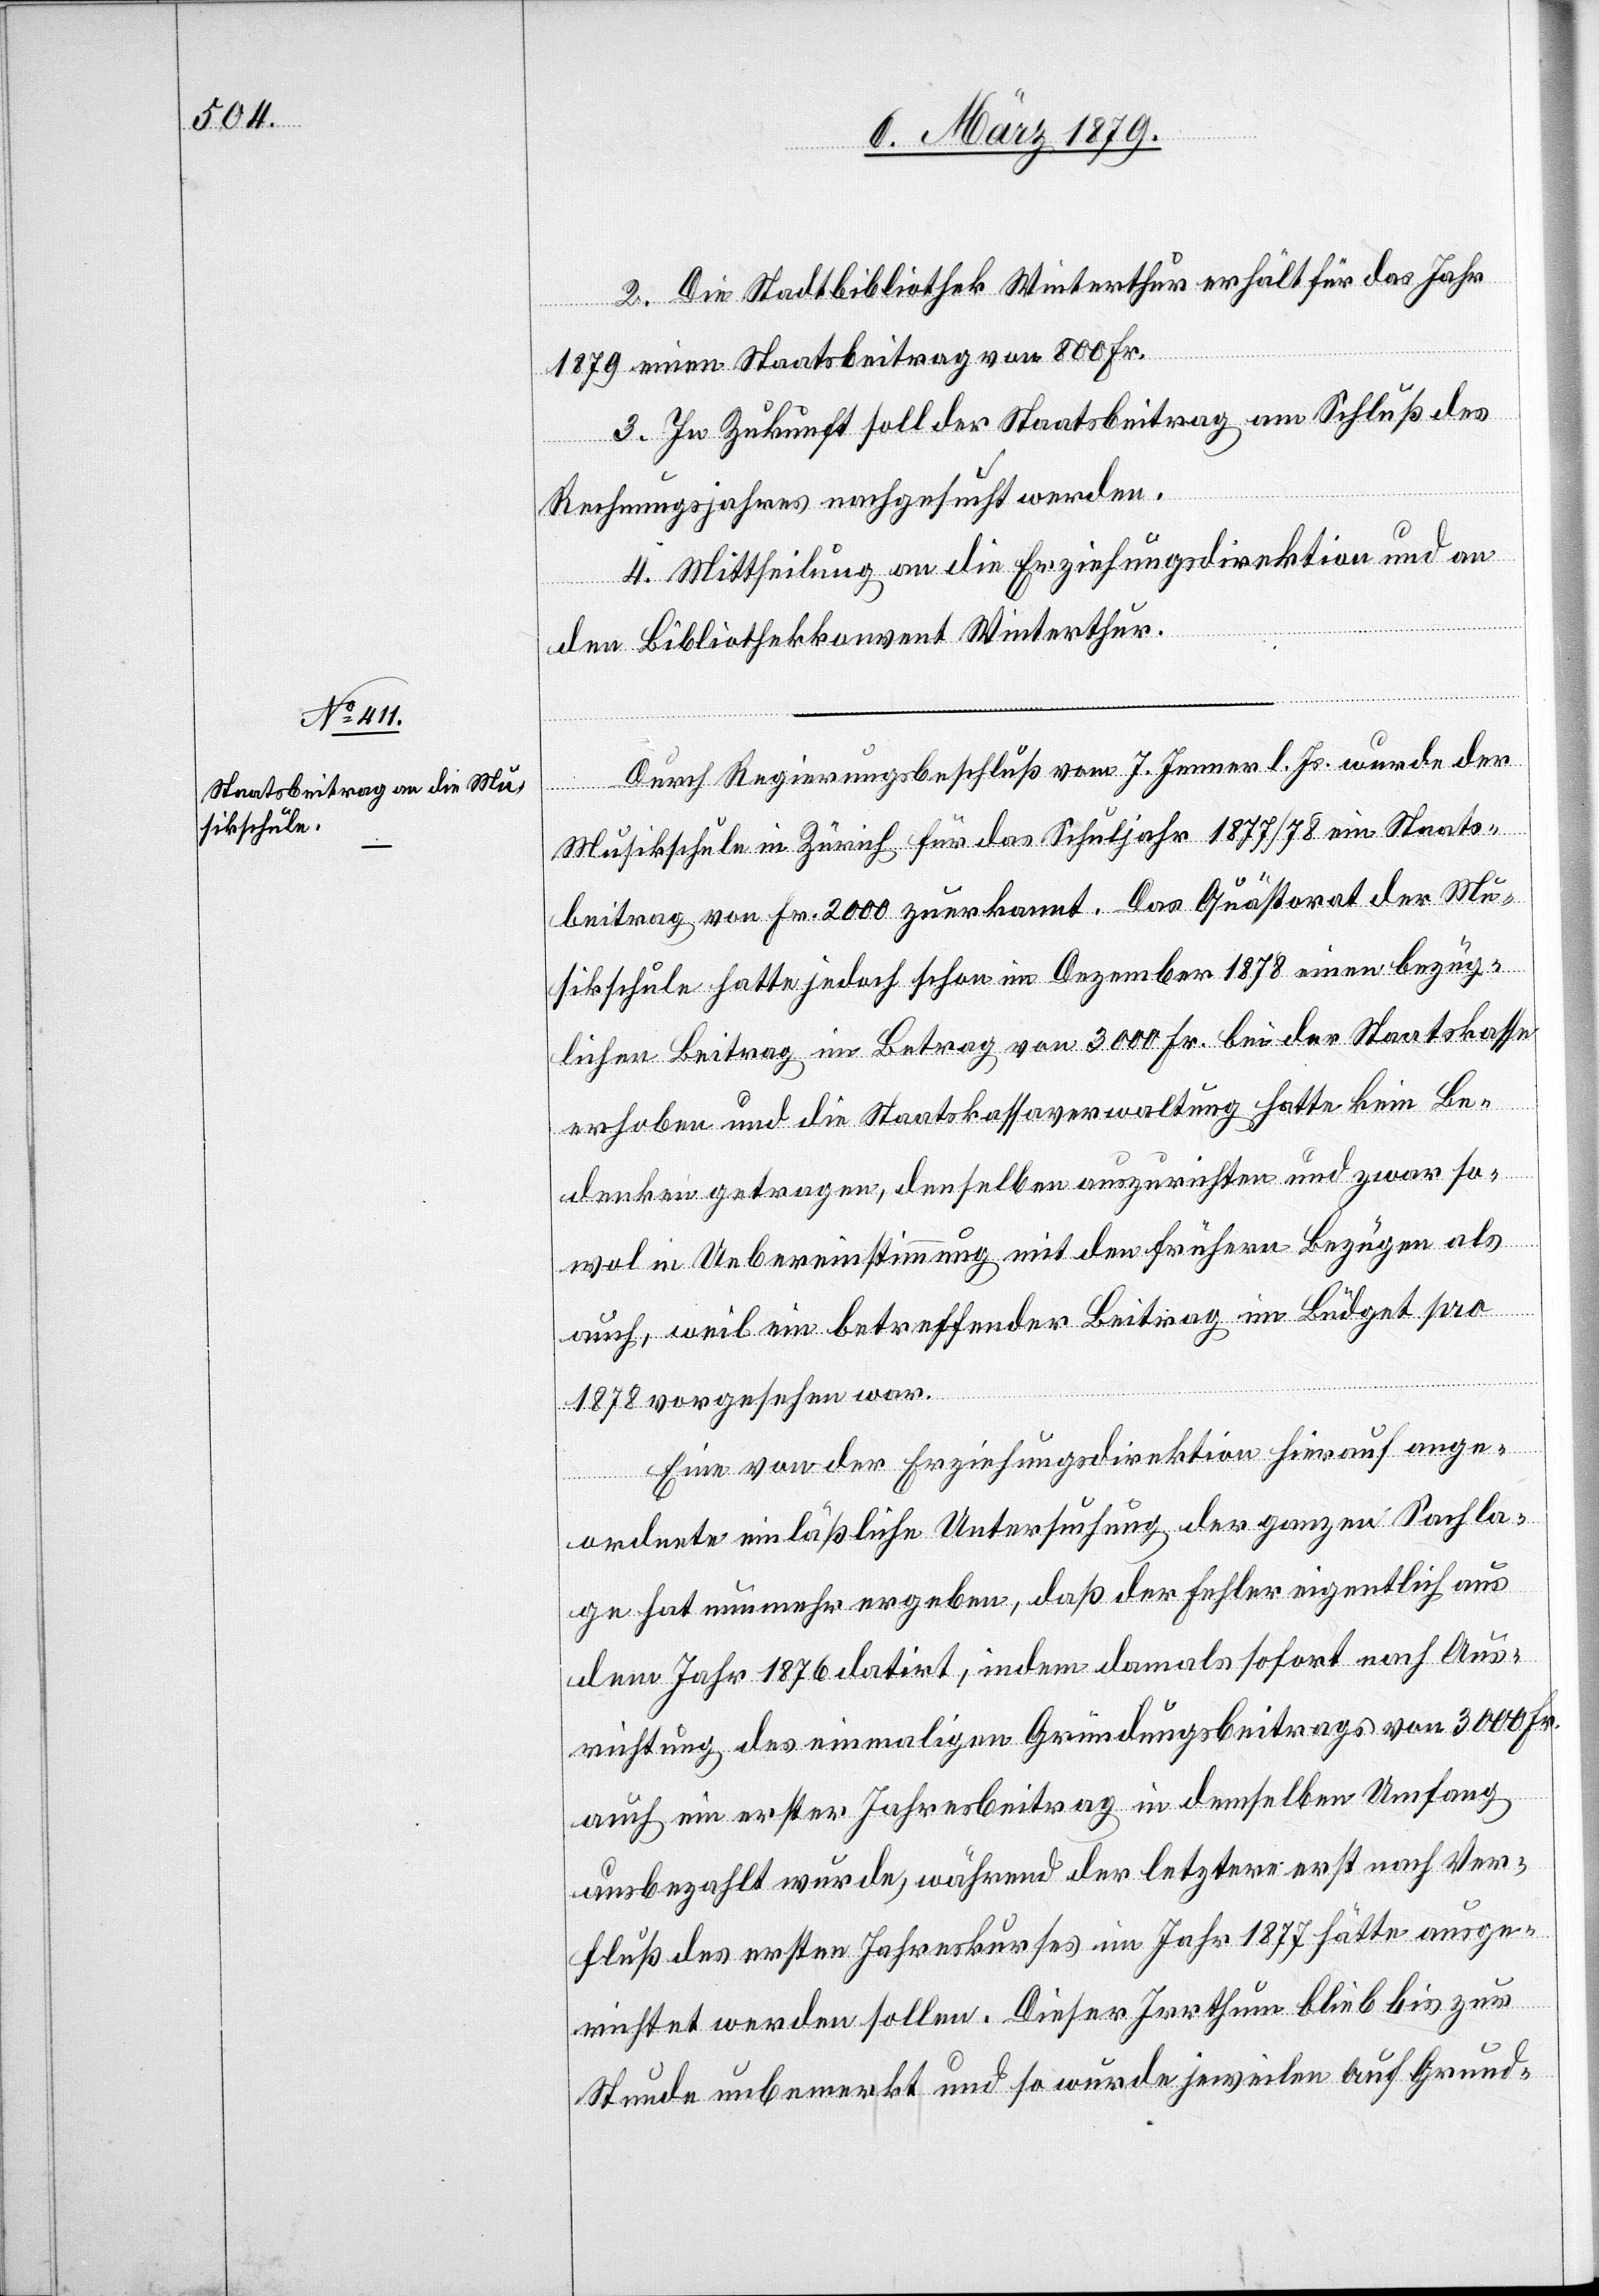
2. Die Stadtbibliothek Winterthur erhält für das Jahr
1879 einen Staatsbeitrag von 800 Fr.
3. In Zukunft soll der Staatsbeitrag am Schluß des
Rechnungsjahres nachgesucht werden.
4. Mittheilung an die Erziehungsdirektion und an
den Bibliothekskonvent Winterthur.
Durch Regierungsbeschluß vom 7. Jenner l. Js. wurde der
Musikschule in Zürich für das Schuljahr 1877/78 ein Staats¬
beitrag von Fr. 2000 zuerkannt. Das Quästorat der Mu¬
sikschule hatte jedoch schon im Dezember 1878 einen bezüg¬
lichen Beitrag im Betrag von 3000 Fr. bei der Staatskasse
erhoben und die Staatskassaverwaltung hatte kein Be¬
denken getragen, denselben auszurichten und zwar so¬
wol in Uebereinstimmung mit den frühern Bezügen als
auch, weil ein betreffender Beitrag im Büdget pro
1878 vorgesehen war.
Eine von der Erziehungsdirektion hierauf ange¬
ordnete einläßliche Untersuchung der ganzen Sachla¬
ge hat nunmehr ergeben, daß der Fehler eigentlich aus
dem Jahr 1876 datirt, indem damals sofort nach Aus¬
richtung des einmaligen Gründungsbeitrags von 3000 Fr.
auch ein erster Jahresbeitrag in demselben Umfang
ausbezahlt wurde, während der letztere erst nach Ver¬
fluß des ersten Jahreskurses im Jahr 1877 hätte ausge¬
richtet werden sollen. Dieser Irrthum blieb bis zur
Stunde unbemerkt und so wurde jeweilen auf Grund-